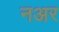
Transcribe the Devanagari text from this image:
नअर